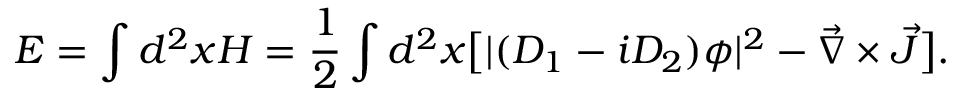
E = \int d ^ { 2 } x { \cal H } = { \frac { 1 } { 2 } } \int d ^ { 2 } x \big [ | ( D _ { 1 } - i D _ { 2 } ) \phi | ^ { 2 } - { \vec { \nabla } \times \vec { J } } \big ] .